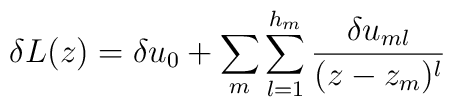
\delta L(z)=\delta u_0+\sum_m\sum_{l=1}^{h_m}{\delta u_{ml}\over(z-z_m)^{l}}